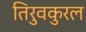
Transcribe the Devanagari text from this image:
तिरुवकुरल